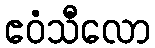
ဧဝံသီလော